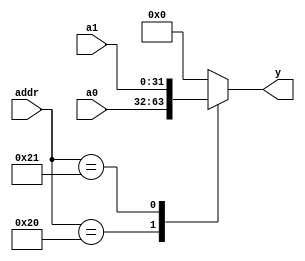
module io_input_mux(
    input [31: 0] a0, 
    input [31: 0] a1, 
    input [5: 0] addr, 
    output reg [31: 0] y
);
    // 一个输出长度为 32 位的多选器

    always
    begin
        case (addr)
            6'b100000: y = a0;
            6'b100001: y = a1;
            default: y = 32'h0;
        endcase
    end

endmodule